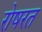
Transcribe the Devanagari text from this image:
रोषरत